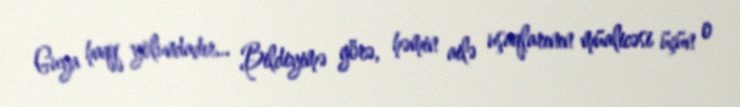
Guya haqq yolundadır... Bildiyimə görə, həmin ailə uşaqlarının müalicəsi üçün o